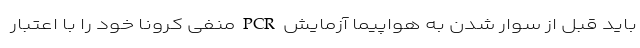
باید قبل از سوار شدن به هواپیما آزمایش PCR منفی کرونا خود را با اعتبار